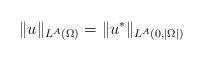
LaTeX: \begin{align*}\|u \|_{L^A(\Omega)} = \|u^{\ast} \|_{L^A(0,|\Omega|)}\end{align*}